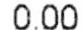
0.00